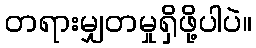
တရားမျှတမှုရှိဖို့ပါပဲ။